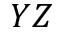
Y Z